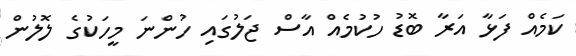
ކަމެއް ފަޅާ އަރާ ބޮޑު ހުކުމެއް އާސް ޖަލުގައި ހުންނަ މީހަކުގެ ލޮލުން